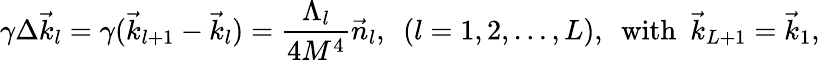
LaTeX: \gamma\Delta\vec{k}_{l}=\gamma(\vec{k}_{l+1}-\vec{k}_{l})=\frac{\Lambda_{l}}{4M^{4}}\vec{n}_{l},\, \, \, (l=1,2,\dots,L),\, \, \, \mathrm{with}\, \, \, \vec{k}_{L+1}=\vec{k}_{1},